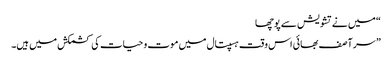
“ میں نے تشویش سے پوچھا
” سر آصف بھائی اس وقت ہسپتال میں موت و حیات کی کشمکش میں ہیں۔